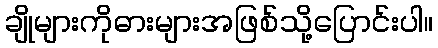
ချိုများကိုဓားများအဖြစ်သို့ပြောင်းပါ။